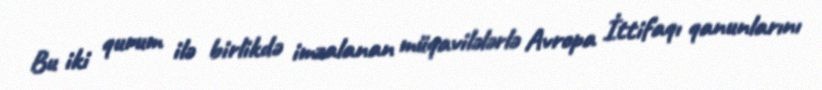
Bu iki qurum ilə birlikdə imzalanan müqavilələrlə Avropa İttifaqı qanunlarını